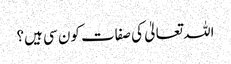
اللہ تعالیٰ کی صفات کون سی ہیں؟